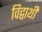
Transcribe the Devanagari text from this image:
विद्वार्थी